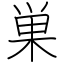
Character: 巣